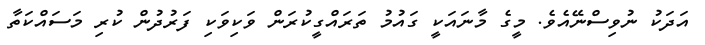
އަދަކު ނުވިސްނޭއެވެ. މީގެ މާނައަކީ ގައުމު ތަރައްގީކުރަން ވަކިވަކި ފަރުދުން ކުރި މަސައްކަތާ